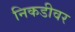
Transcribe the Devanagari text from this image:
निकडीवर